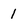
Character: 1